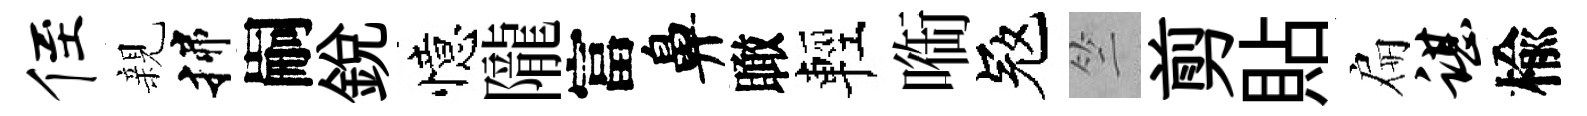
侄親揲嗣銳憶隴富鼻瞰輕㗸冦竺剪貼扁谌楡